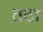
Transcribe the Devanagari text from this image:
तठा